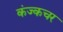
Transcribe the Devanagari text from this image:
कंज्कचर